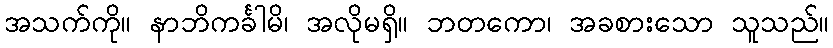
အသက်ကို။ နာဘိကင်္ခါမိ၊ အလိုမရှိ။ ဘတကော၊ အခစားသော သူသည်။